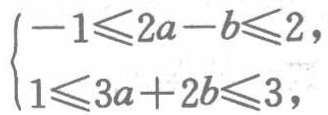
\(\begin{cases}-1\leqslant 2a - b\leqslant 2,\\1\leqslant 3a + 2b\leqslant 3,\end{cases}\)